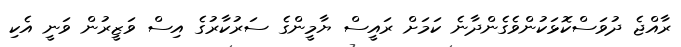
ރާއްޖެ ދުވަސްކޮޅަކުންވެގެންދާނެ ކަމަށް ރައީސް ޔާމީންގެ ސަރުކާރުގެ އިސް ވަޒީރުން ވަނީ އެކި